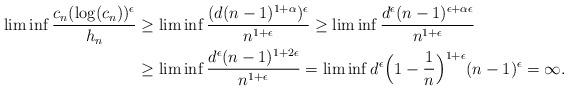
LaTeX: \begin{align*}\liminf \frac{c_{n}(\log(c_{n}))^{\epsilon}}{h_{n}} &\geq\liminf \frac{(d(n-1)^{1+\alpha})^{\epsilon}}{n^{1+\epsilon}}\geq \liminf \frac{d^{\epsilon} (n-1)^{\epsilon + \alpha\epsilon}}{n^{1+\epsilon}} \\& \geq \liminf \frac{d^{\epsilon}(n-1)^{1+2\epsilon}}{n^{1+\epsilon}} = \liminf d^{\epsilon}\Big{(}1- \frac{1}{n}\Big{)}^{1+\epsilon}(n-1)^{\epsilon} = \infty.\end{align*}